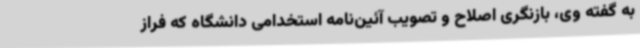
به گفته وی، بازنگری اصلاح و تصویب آئین‌نامه استخدامی دانشگاه که فراز